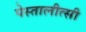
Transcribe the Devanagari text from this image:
पेस्तालीत्सी